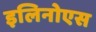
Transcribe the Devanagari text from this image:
इलिनोएस